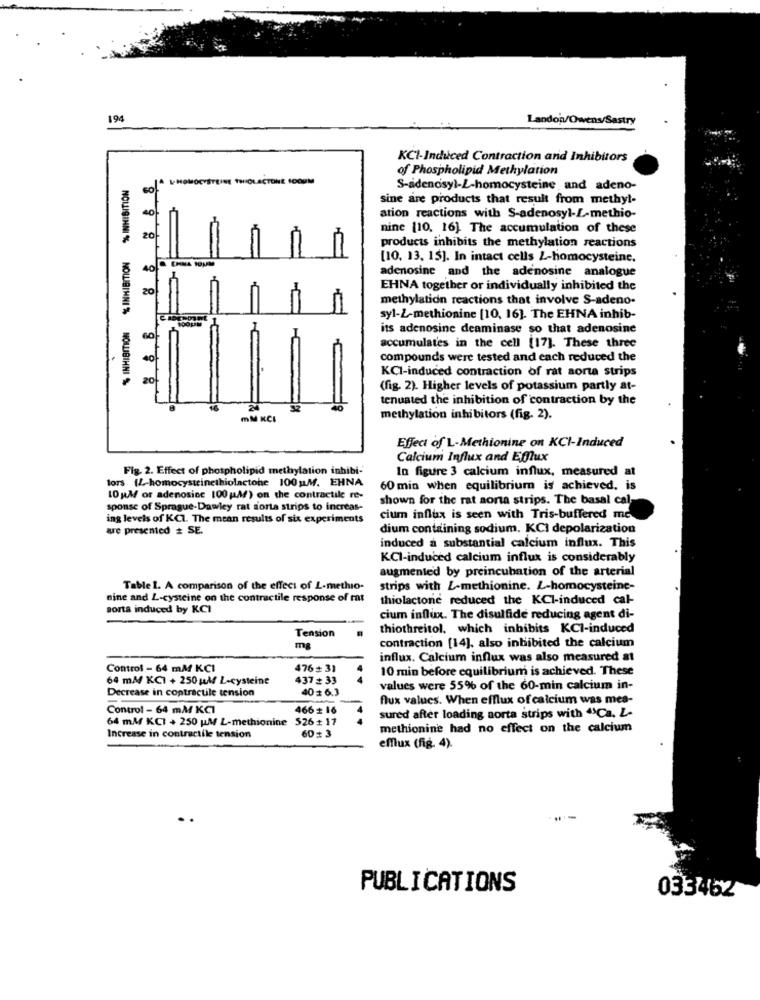
194
Landon/Owens/Sastry
KCI-Induced Contraction and Inhibitors
88 86 8
of Phospholipid Methylation
HOMOCYSTEINE THIOLACTONE IDOUM
co!"
S-adenosyl-L-homocysteine and adeno-
sine are products that result from methyl-
ation reactions with S-adenosyl-L-methio-
nine [10, 16). The accumulation of these
20
products inhibits the methylation reactions
[10. 13. 15]. In intact cells Z-homocysteine.
adenosine and the adenosine analogue
20
EHNA together or individually inhibited the
methylation reactions that involve S-adeno.
syl-2-methionine [10, 16]. The EHNA inhib-
its adenosine deaminase so that adenosine
accumulates in the cell [17]. These three
compounds were tested and each reduced the
KCI-induced contraction of rat sorta strips
NOLLIGINNI % NOWBINNI% NOLIBIHNI
20
(fig. 2). Higher levels of potassium partly at-
tenuated the inhibition of contraction by the
mM KCI
methylation inhibitors (fig. 2).
Effect of L-Methionine on KCI-Induced
Calcium Influx and Efflux
Fig. 2. Effect of phospholipid methylation inbibi-
In figure 3 calcium influx, measured at
lors (L-homocysteinethiolactone 100uM. EHNA
60 min when equilibrium is achieved, is
10 M or adenosine 100 (Mf) on the contractile re-
shown for the rat aorta strips. The basal cal
sponse of Sprague-Dawley rat sorta strips to increas-
ing levels of KCI. The mean results of six experiments
cium influx is seen with Tris-buffered me
are presented # SE.
dium containing sodium. KCI depolarization
induced a substantial calcium influx. This
KCI-induced calcium influx is considerably
augmented by preincubation of the arterial
Table 1. A comparison of the effect of L-methio-
strips with L-methionine. L-homocysteine-
nine and L-cysteine on the contractile response of rat
thiolactone reduced the KCI-induced cal-
sorta induced by KCI
cium influx. The disulfide reducing agent di-
thiothreitol, which inhibits KCI-induced
Tension
contraction [14], also inhibited the calcium
mg
influx. Calcium influx was also measured at
Control - 64 mM KCI
476= 31
10 min before equilibrium is achieved. These
64 mM/ KCI + 250 MM L-cysteine
437 + 33
Decrease in contractile tension
406.3
values were 55% of the 60-min calcium in-
flux values. When efflux of calcium was mea-
Control - 64 mM KCI
466 + 16
64 ml KCI + 250 MW L-methionine 526 # 17
sured after loading aorta strips with "›Ca. L-
methionine had no effect on the calcium
Increase in contractile tension
60: 3
efflux (fig. 4).
PUBLICATIONS
033462